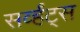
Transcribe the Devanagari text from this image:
सर्व्हंट्स